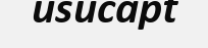
usucapt